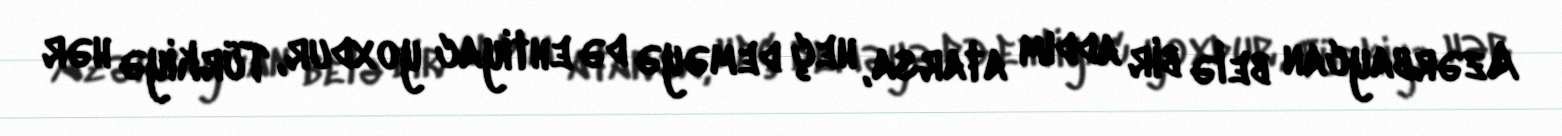
Azərbaycan belə bir addım atarsa, heç deməyə də ehtiyac yoxdur, Türkiyə hər